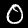
Label: 0